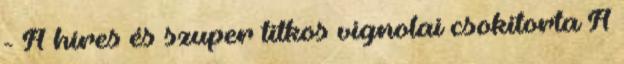
- A híres és szuper titkos vignolai csokitorta A